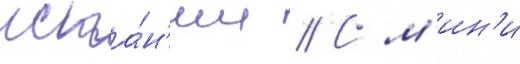
испа́н'ии // С м'ин'и